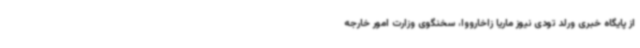
از پایگاه خبری ورلد تودی نیوز ماریا زاخارووا، سخنگوی وزارت امور خارجه